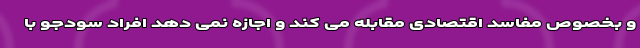
و بخصوص مفاسد اقتصادی مقابله می کند و اجازه نمی دهد افراد سودجو با